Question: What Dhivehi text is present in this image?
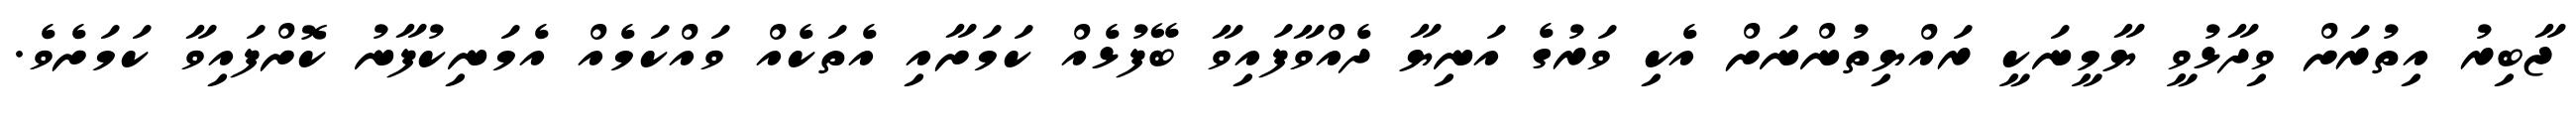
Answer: ޖާބިރު އިތުރަށް ވިދާޅުވީ ޔާމީނަކީ ރައްޔިތުންނަށް އެކި ވަރުގެ އަނިޔާ ދެއްވާފައިވާ ބޭފުޅެއް ކަމަށާއި އެތަކެއް ވައްކަމެއް އެމަނިކުފާނު ކޮށްފައިވާ ކަމަށެވެ.